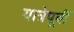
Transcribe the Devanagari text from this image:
यात्रेपूर्वी